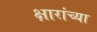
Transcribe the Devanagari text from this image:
क्षारांच्या